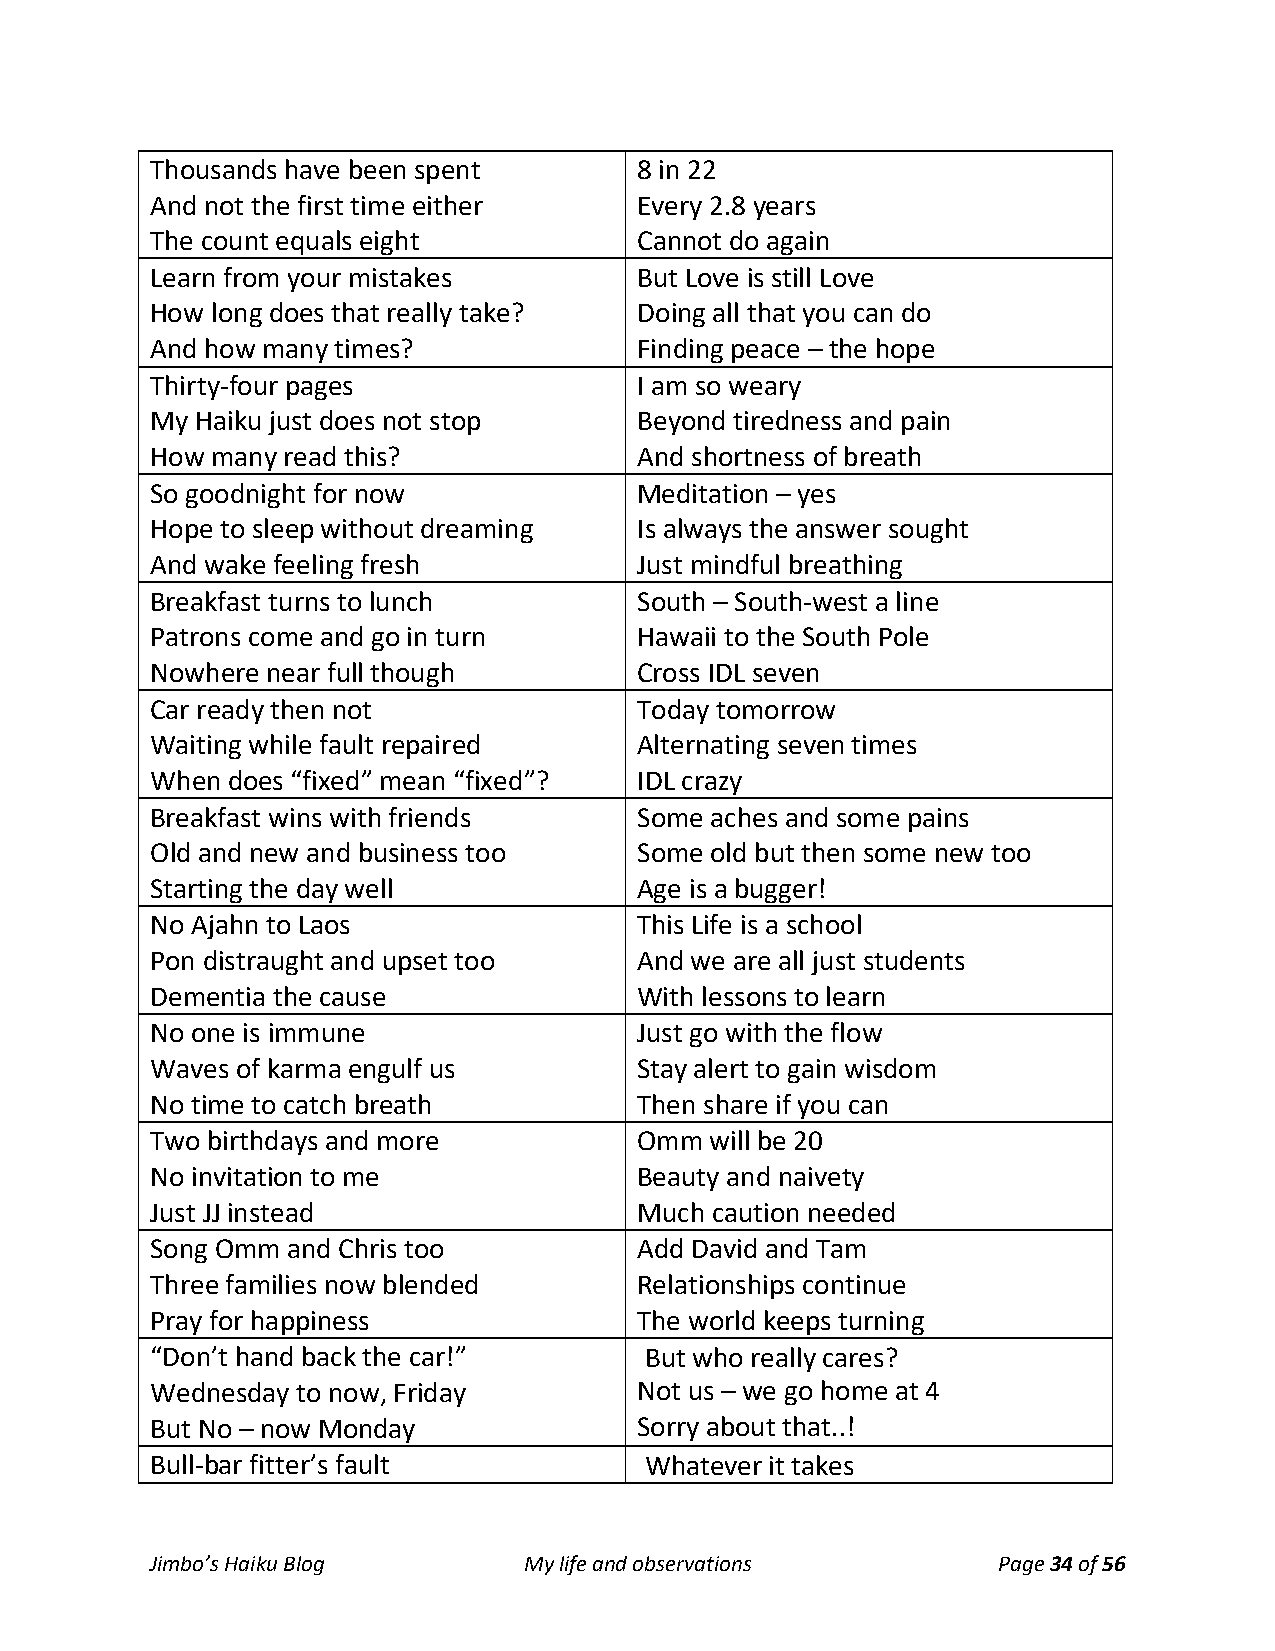
Thousands have been spent       8 in 22
 And not the first time either   Every 2.8 years
 The count equals eight          Cannot do again
 Learn from your mistakes        But Love is still Love
 How long does that really take? Doing all that you can do
 And how many times?             Finding peace – the hope
 Thirty-four pages               I am so weary
 My Haiku just does not stop     Beyond tiredness and pain
 How many read this?             And shortness of breath
 So goodnight for now            Meditation – yes
 Hope to sleep without dreaming  Is always the answer sought
 And wake feeling fresh          Just mindful breathing
 Breakfast turns to lunch        South – South-west a line
 Patrons come and go in turn     Hawaii to the South Pole
 Nowhere near full though        Cross IDL seven
 Car ready then not              Today tomorrow
 Waiting while fault repaired    Alternating seven times
 When does “fixed” mean “fixed”? IDL crazy
 Breakfast wins with friends     Some aches and some pains
 Old and new and business too    Some old but then some new too
 Starting the day well           Age is a bugger!
 No Ajahn to Laos                This Life is a school
 Pon distraught and upset too    And we are all just students
 Dementia the cause              With lessons to learn
 No one is immune                Just go with the flow
 Waves of karma engulf us        Stay alert to gain wisdom
 No time to catch breath         Then share if you can
 Two birthdays and more          Omm  will be 20
 No invitation to me             Beauty and naivety
 Just JJ instead                 Much caution needed
 Song Omm and Chris too          Add David and Tam
 Three families now blended      Relationships continue
 Pray for happiness              The world keeps turning
 “Don’t hand back the car!”       But who really cares?
 Wednesday to now, Friday        Not us – we go home at 4
 But No – now Monday             Sorry about that..!
 Bull-bar fitter’s fault          Whatever it takes
 Jimbo’s Haiku Blog       My life and observations       Page 34 of 56